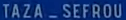
TAZA_SEFROU